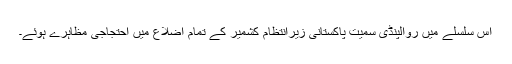
اس سلسلے میں روالپنڈی سمیت پاکستانی زیرانتظام کشمیر کے تمام اضلاع میں احتجاجی مظاہرے ہوئے۔